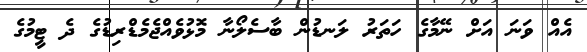
އެއް ވަނަ އަށް ނޭމާގެ ހަތަރު ލަނޑުން ބާސެލޯނާ މޮޅުވެއްޖެމެޑްރިޑުގެ ދެ ޓީމުގެ